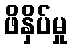
ဖိနှိပ်မှု